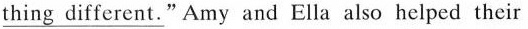
\underline{thing different."}Amy and Ella also helped their